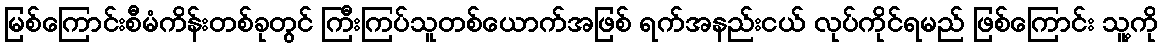
မြစ်ကြောင်းစီမံကိန်းတစ်ခုတွင် ကြီးကြပ်သူတစ်ယောက်အဖြစ် ရက်အနည်းငယ် လုပ်ကိုင်ရမည် ဖြစ်ကြောင်း သူ့ကို